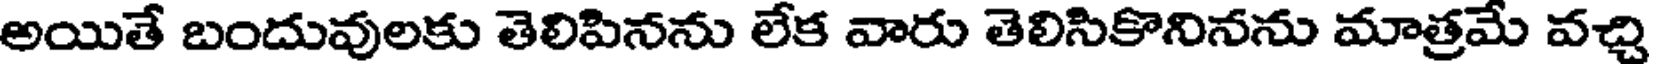
అయితే బందువులకు తెలిపినను లేక వారు తెలిసికొనినను మాత్రమే వచ్చి